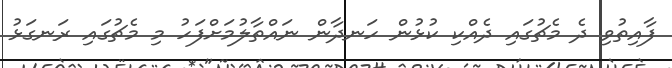
ފާއިތުވި ދެ މެޗުގައި ދެއްކި ކުޅުން ހަނދާން ނައްތާލުމަށްފަހު މި މެޗުގައި ރަނގަޅު